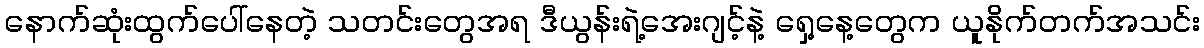
နောက်ဆုံးထွက်ပေါ်နေတဲ့ သတင်းတွေအရ ဒီယွန်းရဲ့အေးဂျင့်နဲ့ ရှေ့နေ့တွေက ယူနိုက်တက်အသင်း